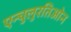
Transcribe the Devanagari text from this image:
एन्चुलुरतिओन